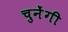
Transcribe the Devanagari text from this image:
चुनेंगी